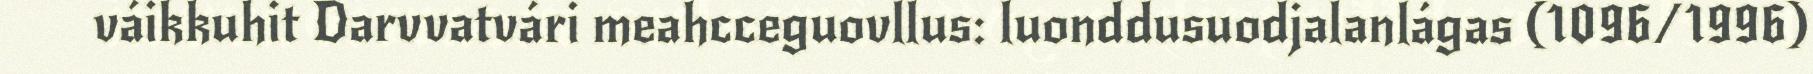
váikkuhit Darvvatvári meahcceguovllus: luonddusuodjalanlágas (1096/1996)